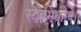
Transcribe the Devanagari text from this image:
स्वामिकोपे।।